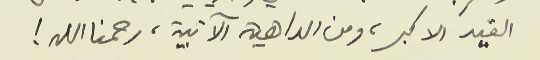
القيد الاكبر، ومن الداهية الآتية، رحمنا الله !